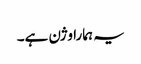
یہ ہمارا وژن ہے۔